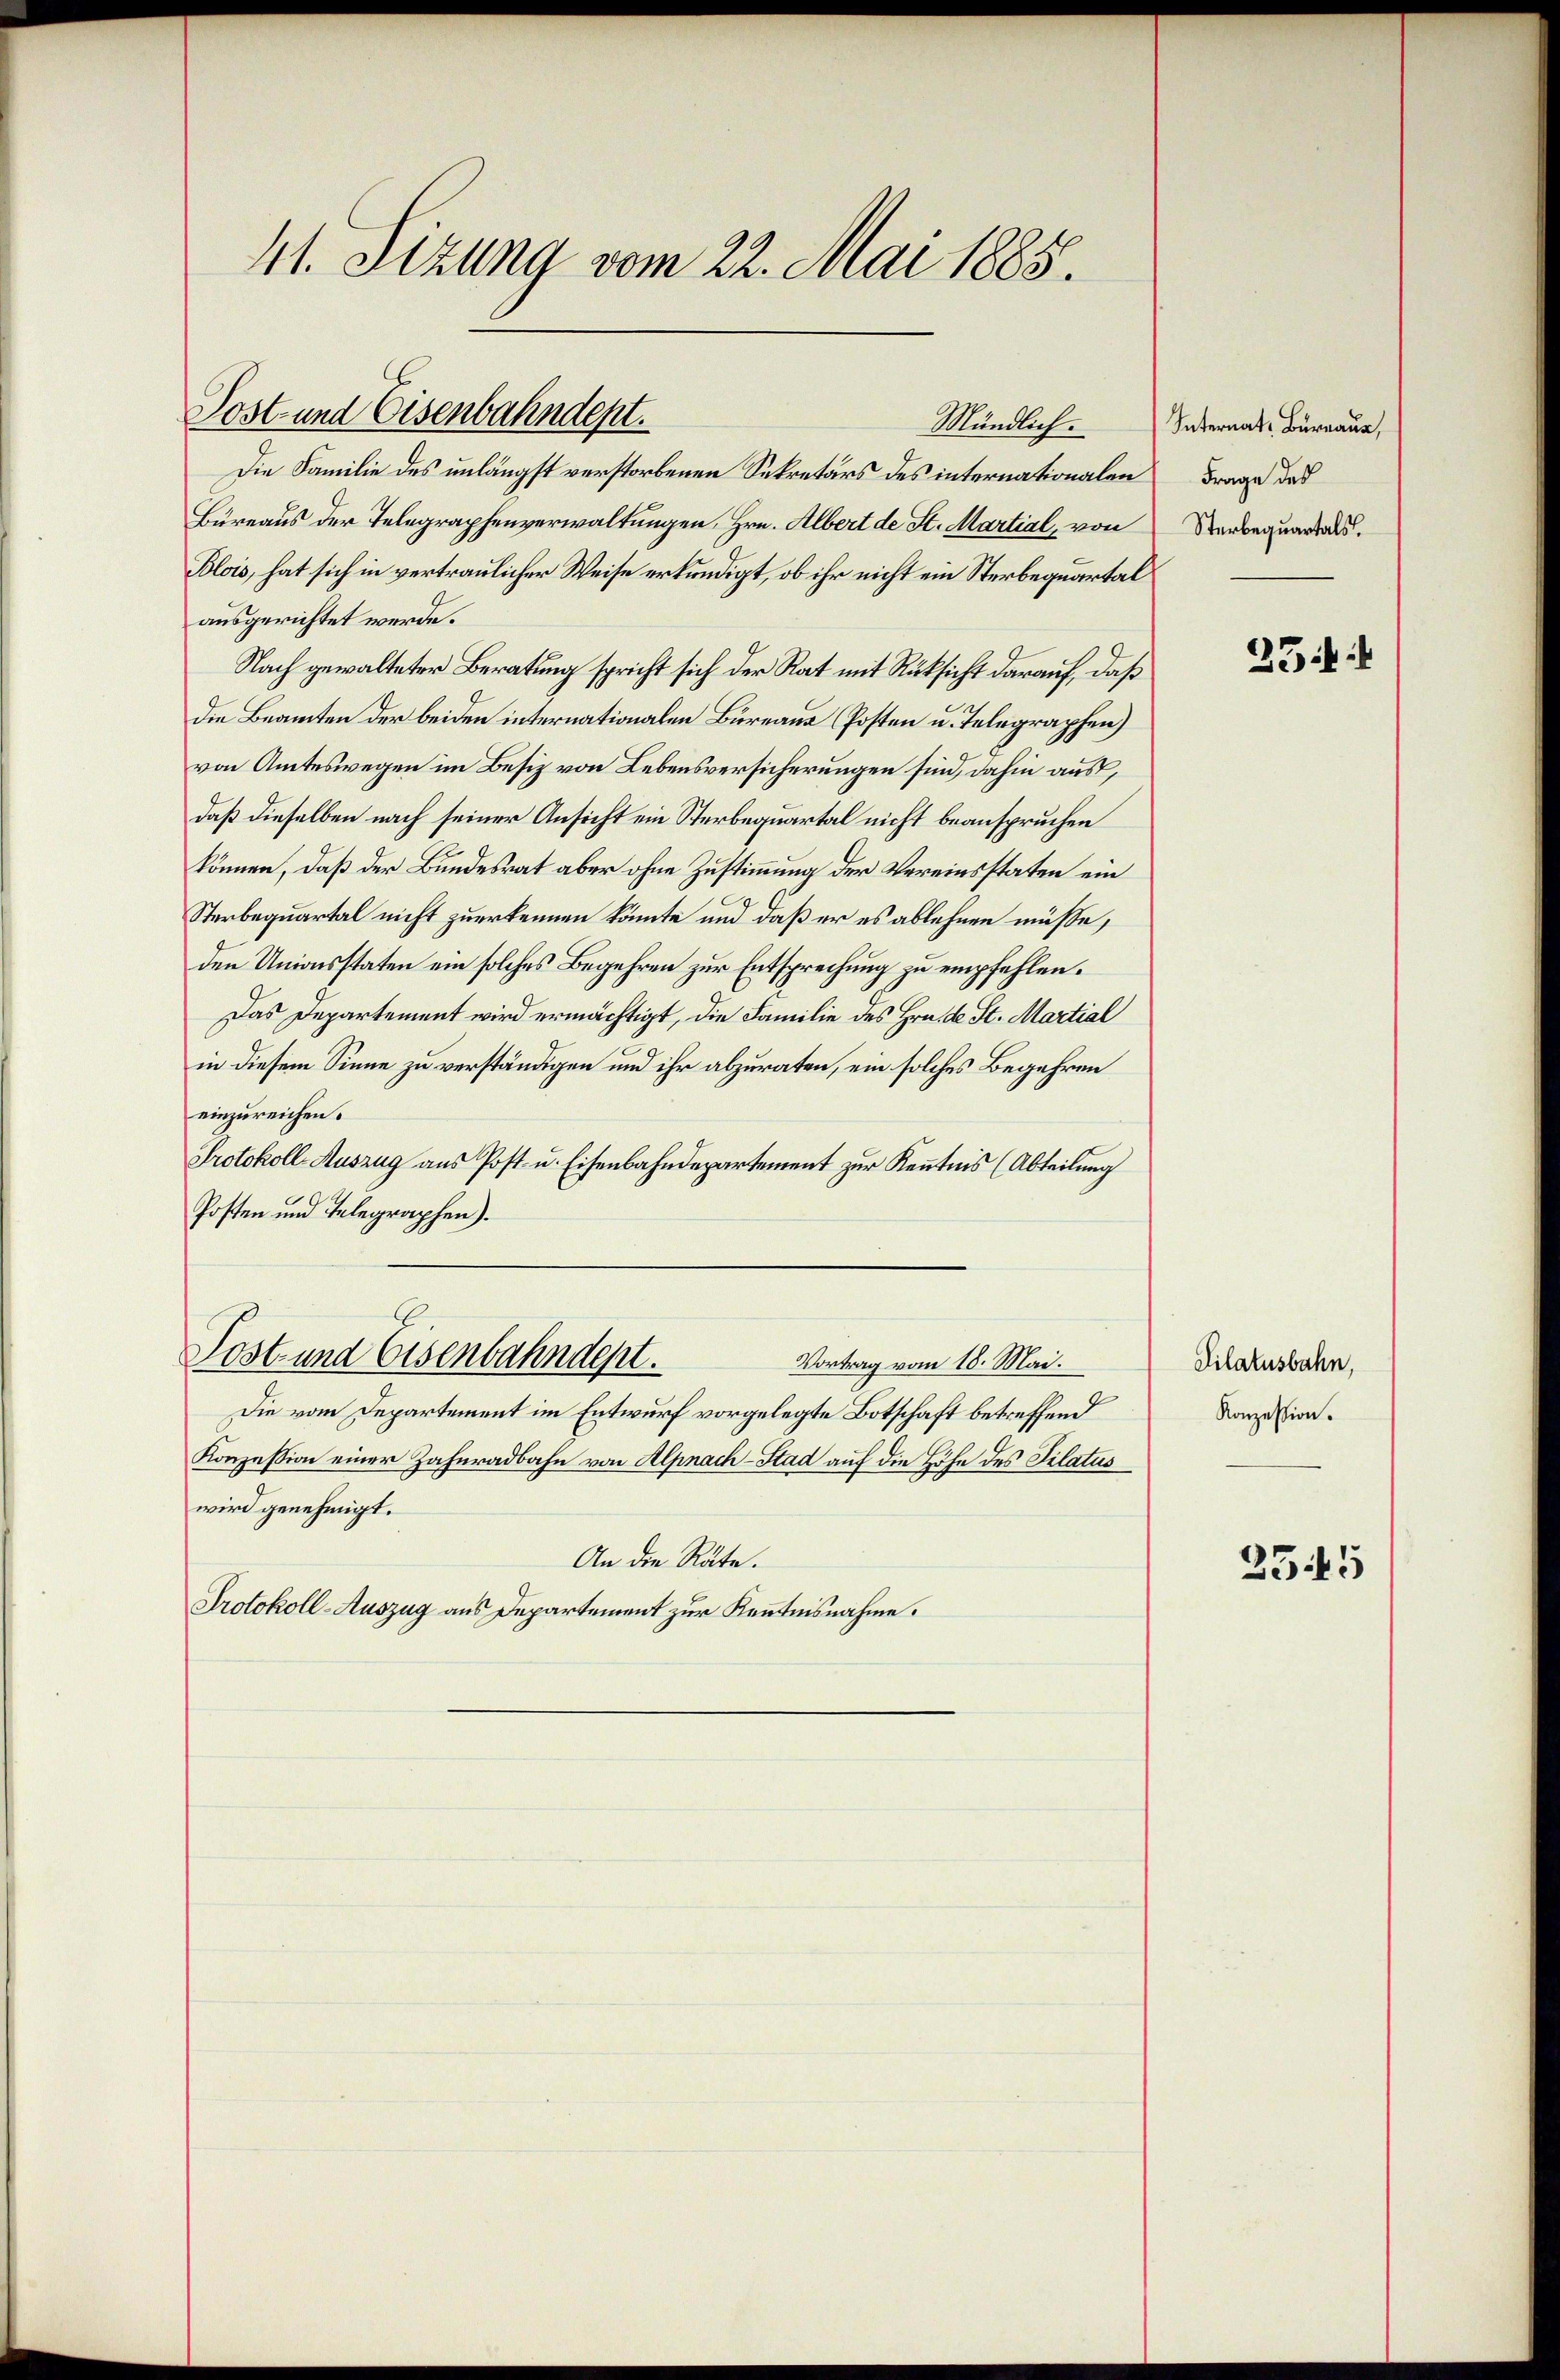
41. Sizung vom 22. Mai 1885.

Post- und Eisenbahndept.
Mündlich.

Die Familie des unlängst verstorbenen Sekretärs des internationalen Frage des
Bureaus der Telegraphenverwaltungen, Hrn. Albert de St. Martial, von Serbequartals.
Blois, hat sich in vertraulicher Weise erkundigt, ob ihr nicht ein Sterbequartal
ausgerichtet werde.
Nach gewalteter Beratung spricht sich der Rat mit Rüksicht darauf, daß
die Beamten der beiden internationalen Bureaus (Posten u. Telegraphen)
von Amteswegen im Besiz von Lebensversicherungen sind, dahin aus,
daß dieselben nach seiner Ansicht ein Sterbequartal nicht beanspruchen
können, daß der Bundesrat aber ohne Zustimmung der Vereinsstaten ein
Sterbequartal nicht zuerkennen könnte und daß er es ablehnen müsse,
den Unionsstaten ein solches Begehren zur Entsprechung zu empfehlen.
Das Departement wird ermächtigt, die Familie des Hrn. de St. Martial
in diesem Sinne zu verständigen und ihr abzuraten, ein solches Begehren
einzureichen.
Protokoll-Auszug aus Post- u. Eisenbahndepartement zur Kenntnis (Abteilung
Posten und Telegraphen).

Post und Eisenbahndept.
Vortrag vom 18. Mai.

Die vom Departement im Entwurf vorgelegte Botschaft betreffend
Konzession einer Zahnradbahn von Alpnach-Stad auf die Höhe des Pilatus
wird genehmigt.
An die Räte.
Protokoll-Auszug aus Departement zur Kenntnisnahme.

Internat. Burnaus,

234

Pilatusbahn,
Konzession.

2545